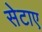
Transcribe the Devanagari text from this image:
सेटाए